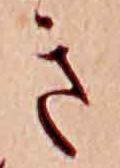
き